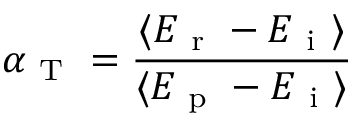
\alpha _ { \mathrm { ~ T ~ } } = \frac { \langle E _ { \mathrm { ~ r ~ } } - E _ { \mathrm { ~ i ~ } } \rangle } { \langle E _ { \mathrm { ~ p ~ } } - E _ { \mathrm { ~ i ~ } } \rangle }